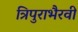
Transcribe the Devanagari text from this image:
त्रिपुराभैरवी